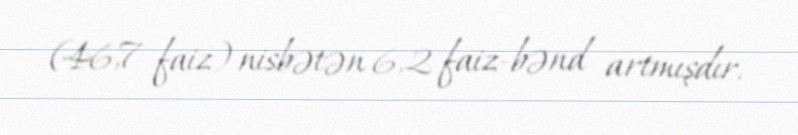
(46,7 faiz) nisbətən 6,2 faiz-bənd artmışdır.